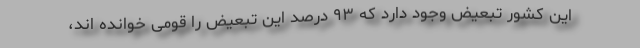
این کشور تبعیض وجود دارد که ۹۳ درصد این تبعیض را قومی خوانده اند،